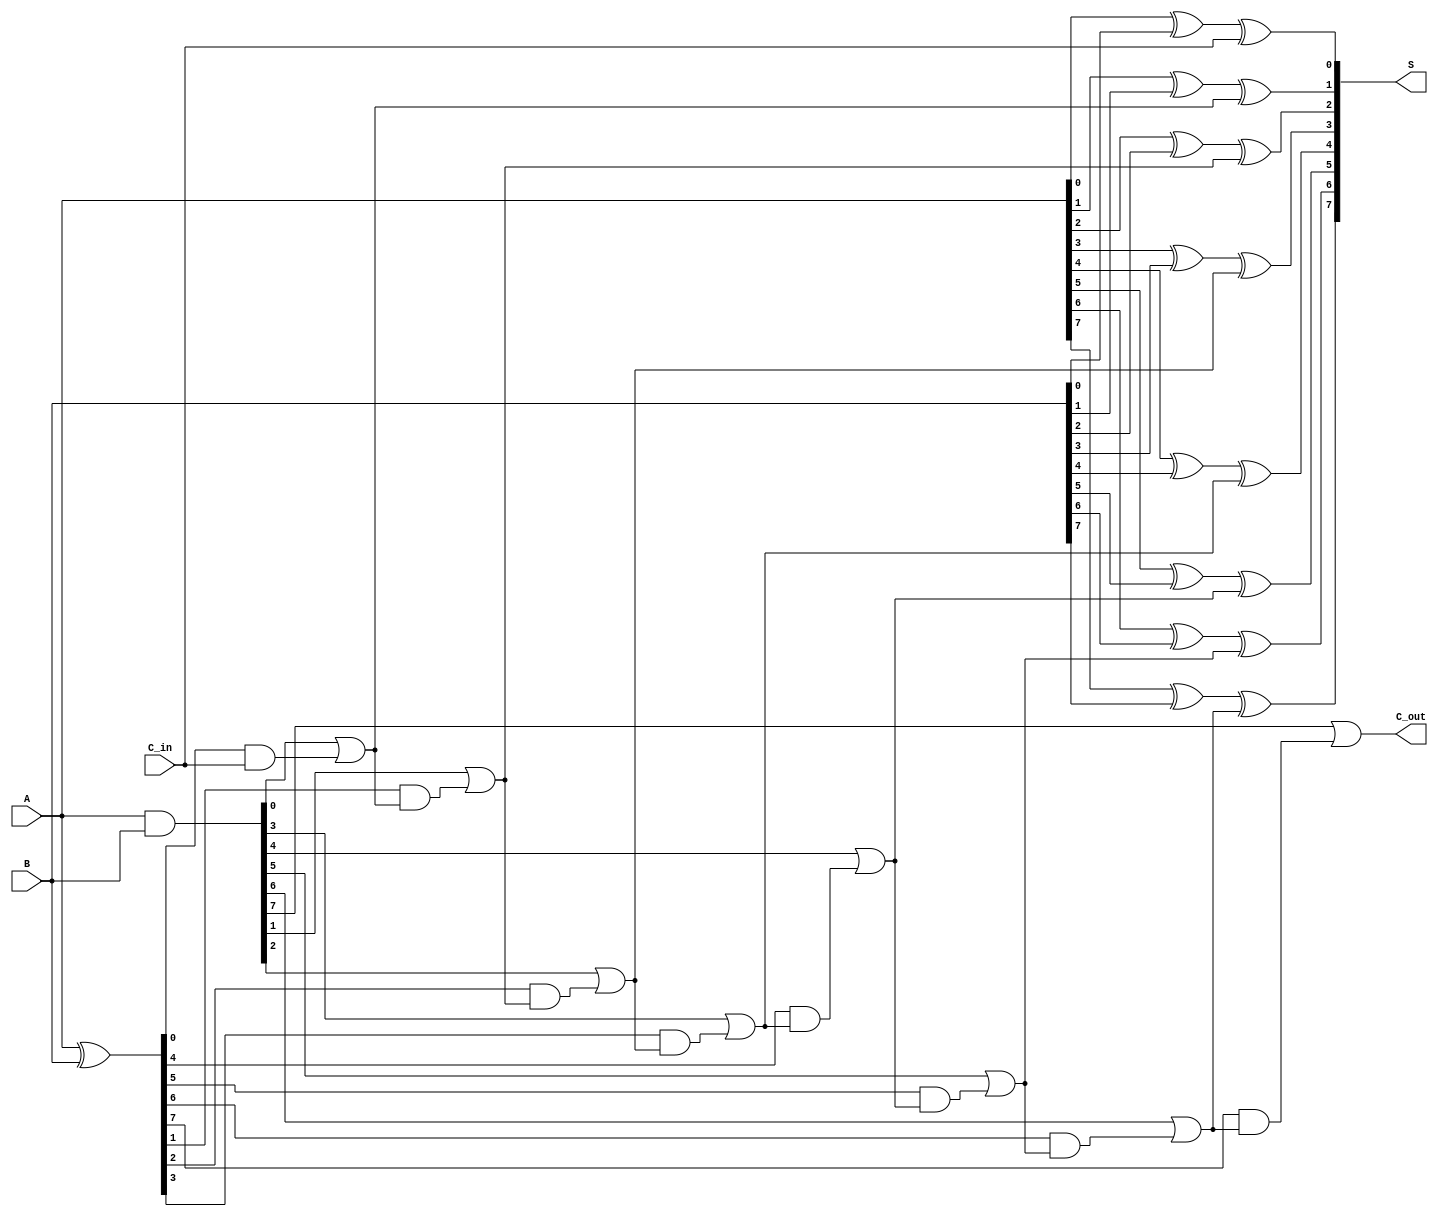
module CSPA #(
    parameter N = 8  // Parameter for width of input and output
)(
    input  [N-1:0] A,  // First binary number
    input  [N-1:0] B,  // Second binary number
    input  C_in,       // Carry input
    output [N-1:0] S,  // Sum output
    output C_out       // Carry output
);

    // Generate and Propagate signals
    wire [N-1:0] G; // Generate signals
    wire [N-1:0] P; // Propagate signals
    wire [N-1:0] C; // Carry signals

    // Generate and Propagate calculations
    assign G = A & B;
    assign P = A ^ B;

    // Carry signals calculation using carry select mechanism
    genvar i;
    generate
        for (i = 0; i < N; i = i + 1) begin : carry_gen
            if (i == 0) begin
                assign C[i] = G[i] | (P[i] & C_in); // C[0] = G[0] | (P[0] & C_in)
            end else begin
                assign C[i] = G[i] | (P[i] & C[i-1]); // C[i] = G[i] | (P[i] & C[i-1])
            end
        end
    endgenerate

    // Sum calculation
    generate
        for (i = 0; i < N; i = i + 1) begin : sum_calc
            if (i == 0) begin
                assign S[i] = A[i] ^ B[i] ^ C_in; // S[0] with C_in
            end else begin
                assign S[i] = A[i] ^ B[i] ^ C[i-1]; // S[i] with C[i-1]
            end
        end
    endgenerate

    // Final carry out signal
    assign C_out = C[N-1]; // Final carry out for the last bit

endmodule